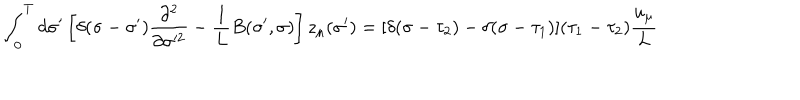
\int _ { 0 } ^ { T } d \sigma ^ { \prime } \left[ \delta ( \sigma - \sigma ^ { \prime } ) \frac { \partial ^ { 2 } } { \partial \sigma ^ { 2 } } - { \frac { 1 } { L } } B ( \sigma ^ { \prime } , \sigma ) \right] z _ { \mu } ( \sigma ^ { \prime } ) = [ \delta ( \sigma - \tau _ { 2 } ) - \delta ( \sigma - \tau _ { 1 } ) ] ( \tau _ { 1 } - \tau _ { 2 } ) \frac { u _ { \mu } } { L }